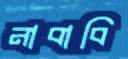
নাবাবি